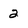
Character: 2